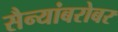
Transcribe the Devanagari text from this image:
सैन्यांबरोबर